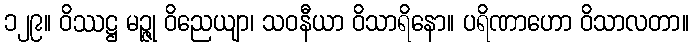
၁၂၉။ ဝိဿဋ္ဌ မဉ္ဇု ဝိညေယျာ၊ သဝနီယာ ဝိသာရိနော။ ပရိဏာဟော ဝိသာလတာ။